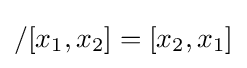
/[x_{1},x_{2}]=[x_{2},x_{1}]